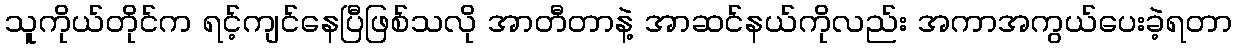
သူကိုယ်တိုင်က ရင့်ကျင်နေပြီဖြစ်သလို အာတီတာနဲ့ အာဆင်နယ်ကိုလည်း အကာအကွယ်ပေးခဲ့ရတာ